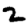
Digit: 2